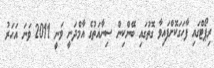
ރިޕޯޓްގައި ފާހަގަކޮށްފައިވާ ގޮތުގައި ބޭންކިން ސިނާއަތުގެ އާމްދަނީ ވަނީ 2011 ވަނަ އަހަރު